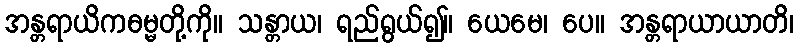
အန္တရာယိကဓမ္မတို့ကို။ သန္တာယ၊ ရည်ရွယ်၍။ ယေမေ၊ ပေ။ အန္တရာယာယာတိ၊